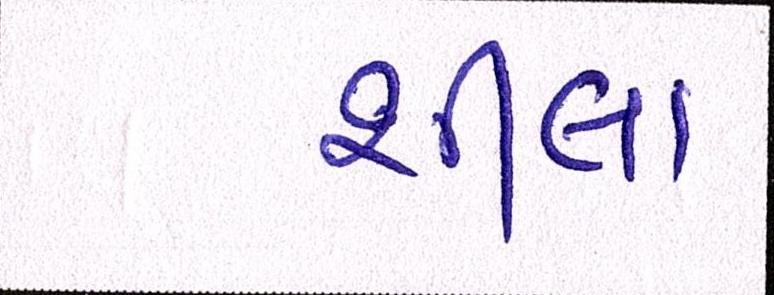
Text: શીલા